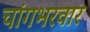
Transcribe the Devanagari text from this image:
चांगभरवार